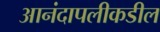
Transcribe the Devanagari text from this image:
आनंदापलीकडील